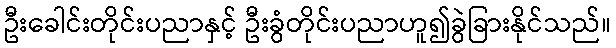
ဦးခေါင်းတိုင်းပညာနှင့် ဦးခွံတိုင်းပညာဟူ၍ခွဲခြားနိုင်သည်။